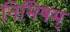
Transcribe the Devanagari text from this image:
निमिषम्